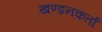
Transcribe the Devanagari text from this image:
खण्डनकर्ता